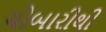
ચોબારીથી